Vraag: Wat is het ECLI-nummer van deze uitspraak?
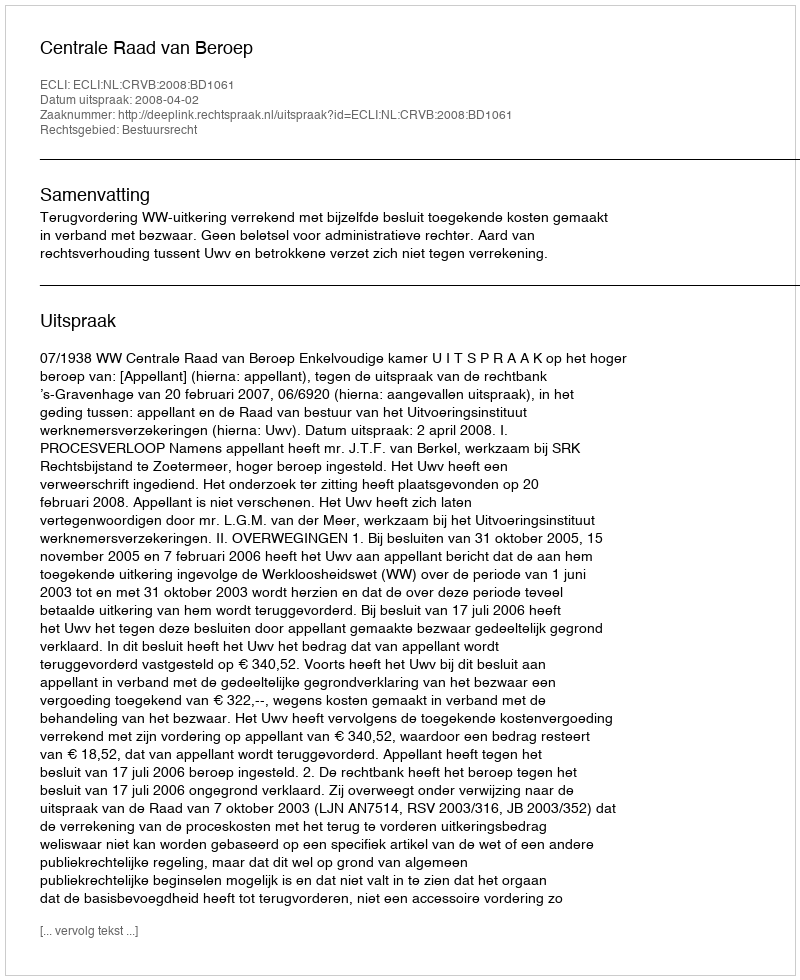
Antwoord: ECLI:NL:CRVB:2008:BD1061